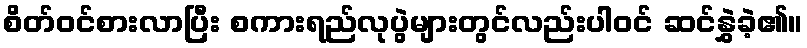
စိတ်ဝင်စားလာပြီး စကားရည်လုပွဲများတွင်လည်းပါဝင် ဆင်နွှဲခဲ့၏။